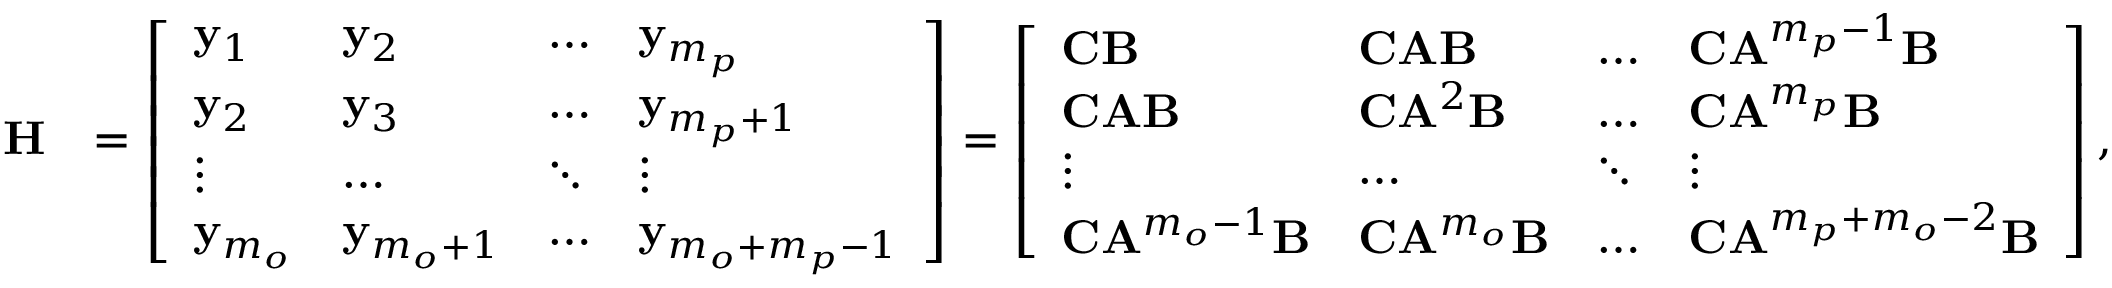
\begin{array} { r l } { \mathbf { H } } & { = \left[ \begin{array} { l l l l } { \mathbf { y } _ { 1 } } & { \mathbf { y } _ { 2 } } & { \dots } & { \mathbf { y } _ { m _ { p } } } \\ { \mathbf { y } _ { 2 } } & { \mathbf { y } _ { 3 } } & { \dots } & { \mathbf { y } _ { m _ { p } + 1 } } \\ { \vdots } & { \dots } & { \ddots } & { \vdots } \\ { \mathbf { y } _ { m _ { o } } } & { \mathbf { y } _ { m _ { o } + 1 } } & { \dots } & { \mathbf { y } _ { m _ { o } + m _ { p } - 1 } } \end{array} \right] = \left[ \begin{array} { l l l l } { \mathbf { C } \mathbf { B } } & { \mathbf { C } \mathbf { A } \mathbf { B } } & { \dots } & { \mathbf { C } \mathbf { A } ^ { m _ { p } - 1 } \mathbf { B } } \\ { \mathbf { C } \mathbf { A } \mathbf { B } } & { \mathbf { C } \mathbf { A } ^ { 2 } \mathbf { B } } & { \dots } & { \mathbf { C } \mathbf { A } ^ { m _ { p } } \mathbf { B } } \\ { \vdots } & { \dots } & { \ddots } & { \vdots } \\ { \mathbf { C } \mathbf { A } ^ { m _ { o } - 1 } \mathbf { B } } & { \mathbf { C } \mathbf { A } ^ { m _ { o } } \mathbf { B } } & { \dots } & { \mathbf { C } \mathbf { A } ^ { m _ { p } + m _ { o } - 2 } \mathbf { B } } \end{array} \right] , } \end{array}